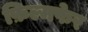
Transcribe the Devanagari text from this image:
फ़िल्मफेर